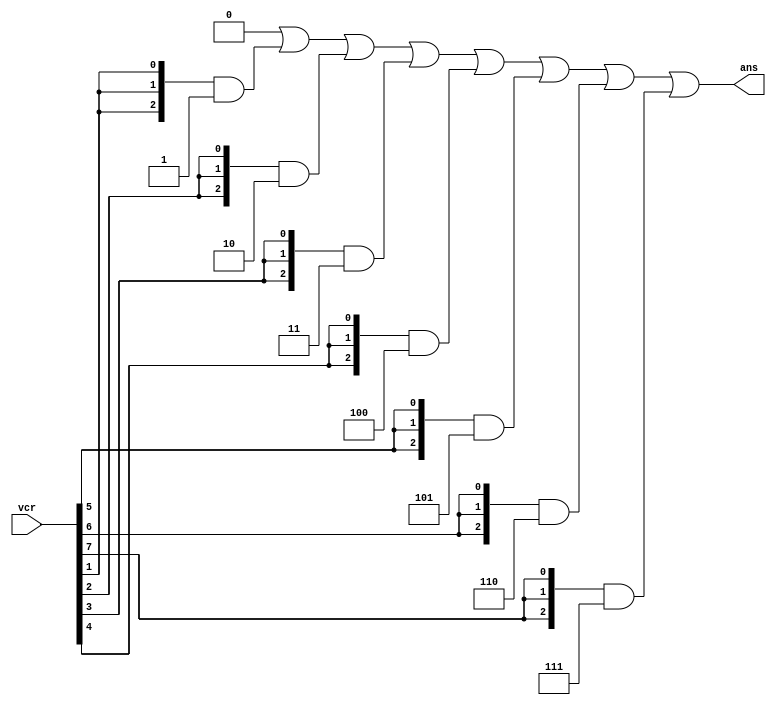
`timescale 1ns/1ps

module encoder
#(
    parameter VECT_W = 8,
    parameter BIN_W  = 3
)
(
    input  wire [VECT_W-1:0] vcr,
    output wire [BIN_W-1:0]  ans
);

wire [BIN_W-1:0] binlist [VECT_W-1:0];

genvar Gi;
generate for (Gi=0; Gi<VECT_W; Gi=Gi+1)
begin: loop

    if(Gi==0)
        assign binlist[Gi] = { BIN_W{1'h0} };
    else
        assign binlist[Gi] = binlist[Gi-1] | {BIN_W{ vcr[Gi]} } & Gi;

end
endgenerate

assign ans = binlist[VECT_W-1];

endmodule

//=============== TOP ===========
module top;

reg [7:0] data;
wire [2:0] answ;

encoder encoder_in(
	.vcr(data),
	.ans(answ)
);

initial begin
	data = 8'b00000001;
	#10
	$display("data = %b", data);
	$display("data[int] = %d", data);
	$display("answ = %b", answ);
	$display("---------------");

	data = 8'b00000010;
	#10
	$display("data = %b", data);
	$display("data[int] = %d", data);
	$display("answ = %b", answ);
	$display("---------------");

	data = 8'b00000100;
	#10
	$display("data = %b", data);
	$display("data[int] = %d", data);
	$display("answ = %b", answ);
	$display("---------------");

	data = 8'b00001000;
	#10
	$display("data = %b", data);
	$display("data[int] = %d", data);
	$display("answ = %b", answ);
	$display("---------------");

	data = 8'b00010000;
	#10
	$display("data = %b", data);
	$display("data[int] = %d", data);
	$display("answ = %b", answ);
	$display("---------------");

	data = 8'b00100000;
	#10
	$display("data = %b", data);
	$display("data[int] = %d", data);
	$display("answ = %b", answ);
	$display("---------------");

	data = 8'b01000000;
	#10
	$display("data = %b", data);
	$display("data[int] = %d", data);
	$display("answ = %b", answ);
	$display("---------------");

	data = 8'b10000000;
	#10
	$display("data = %b", data);
	$display("data[int] = %d", data);
	$display("answ = %b", answ);
	$display("---------------");


end

endmodule